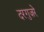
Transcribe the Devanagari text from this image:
दरगुज़रे